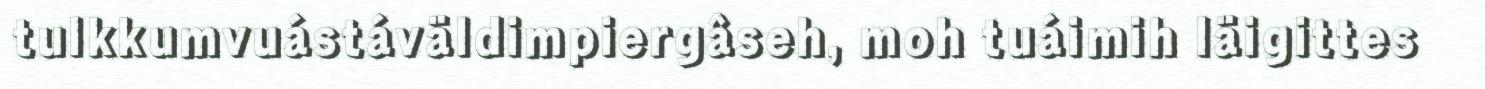
tulkkumvuástáväldimpiergâseh, moh tuáimih läigittes